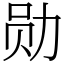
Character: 勋